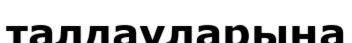
талдауларына